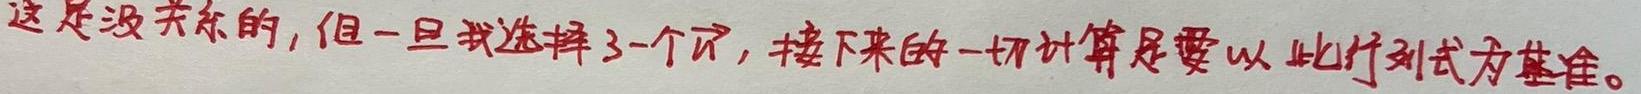
这是没关系的, 但一旦我选择了一个它, 接下来的一切计算是要以此行列式为基准。